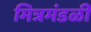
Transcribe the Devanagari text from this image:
मित्रमंडळी